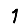
Digit: 1